65_HS1-834228961_62-HQ-83894_Section_10
Agency: FBI
Page 70
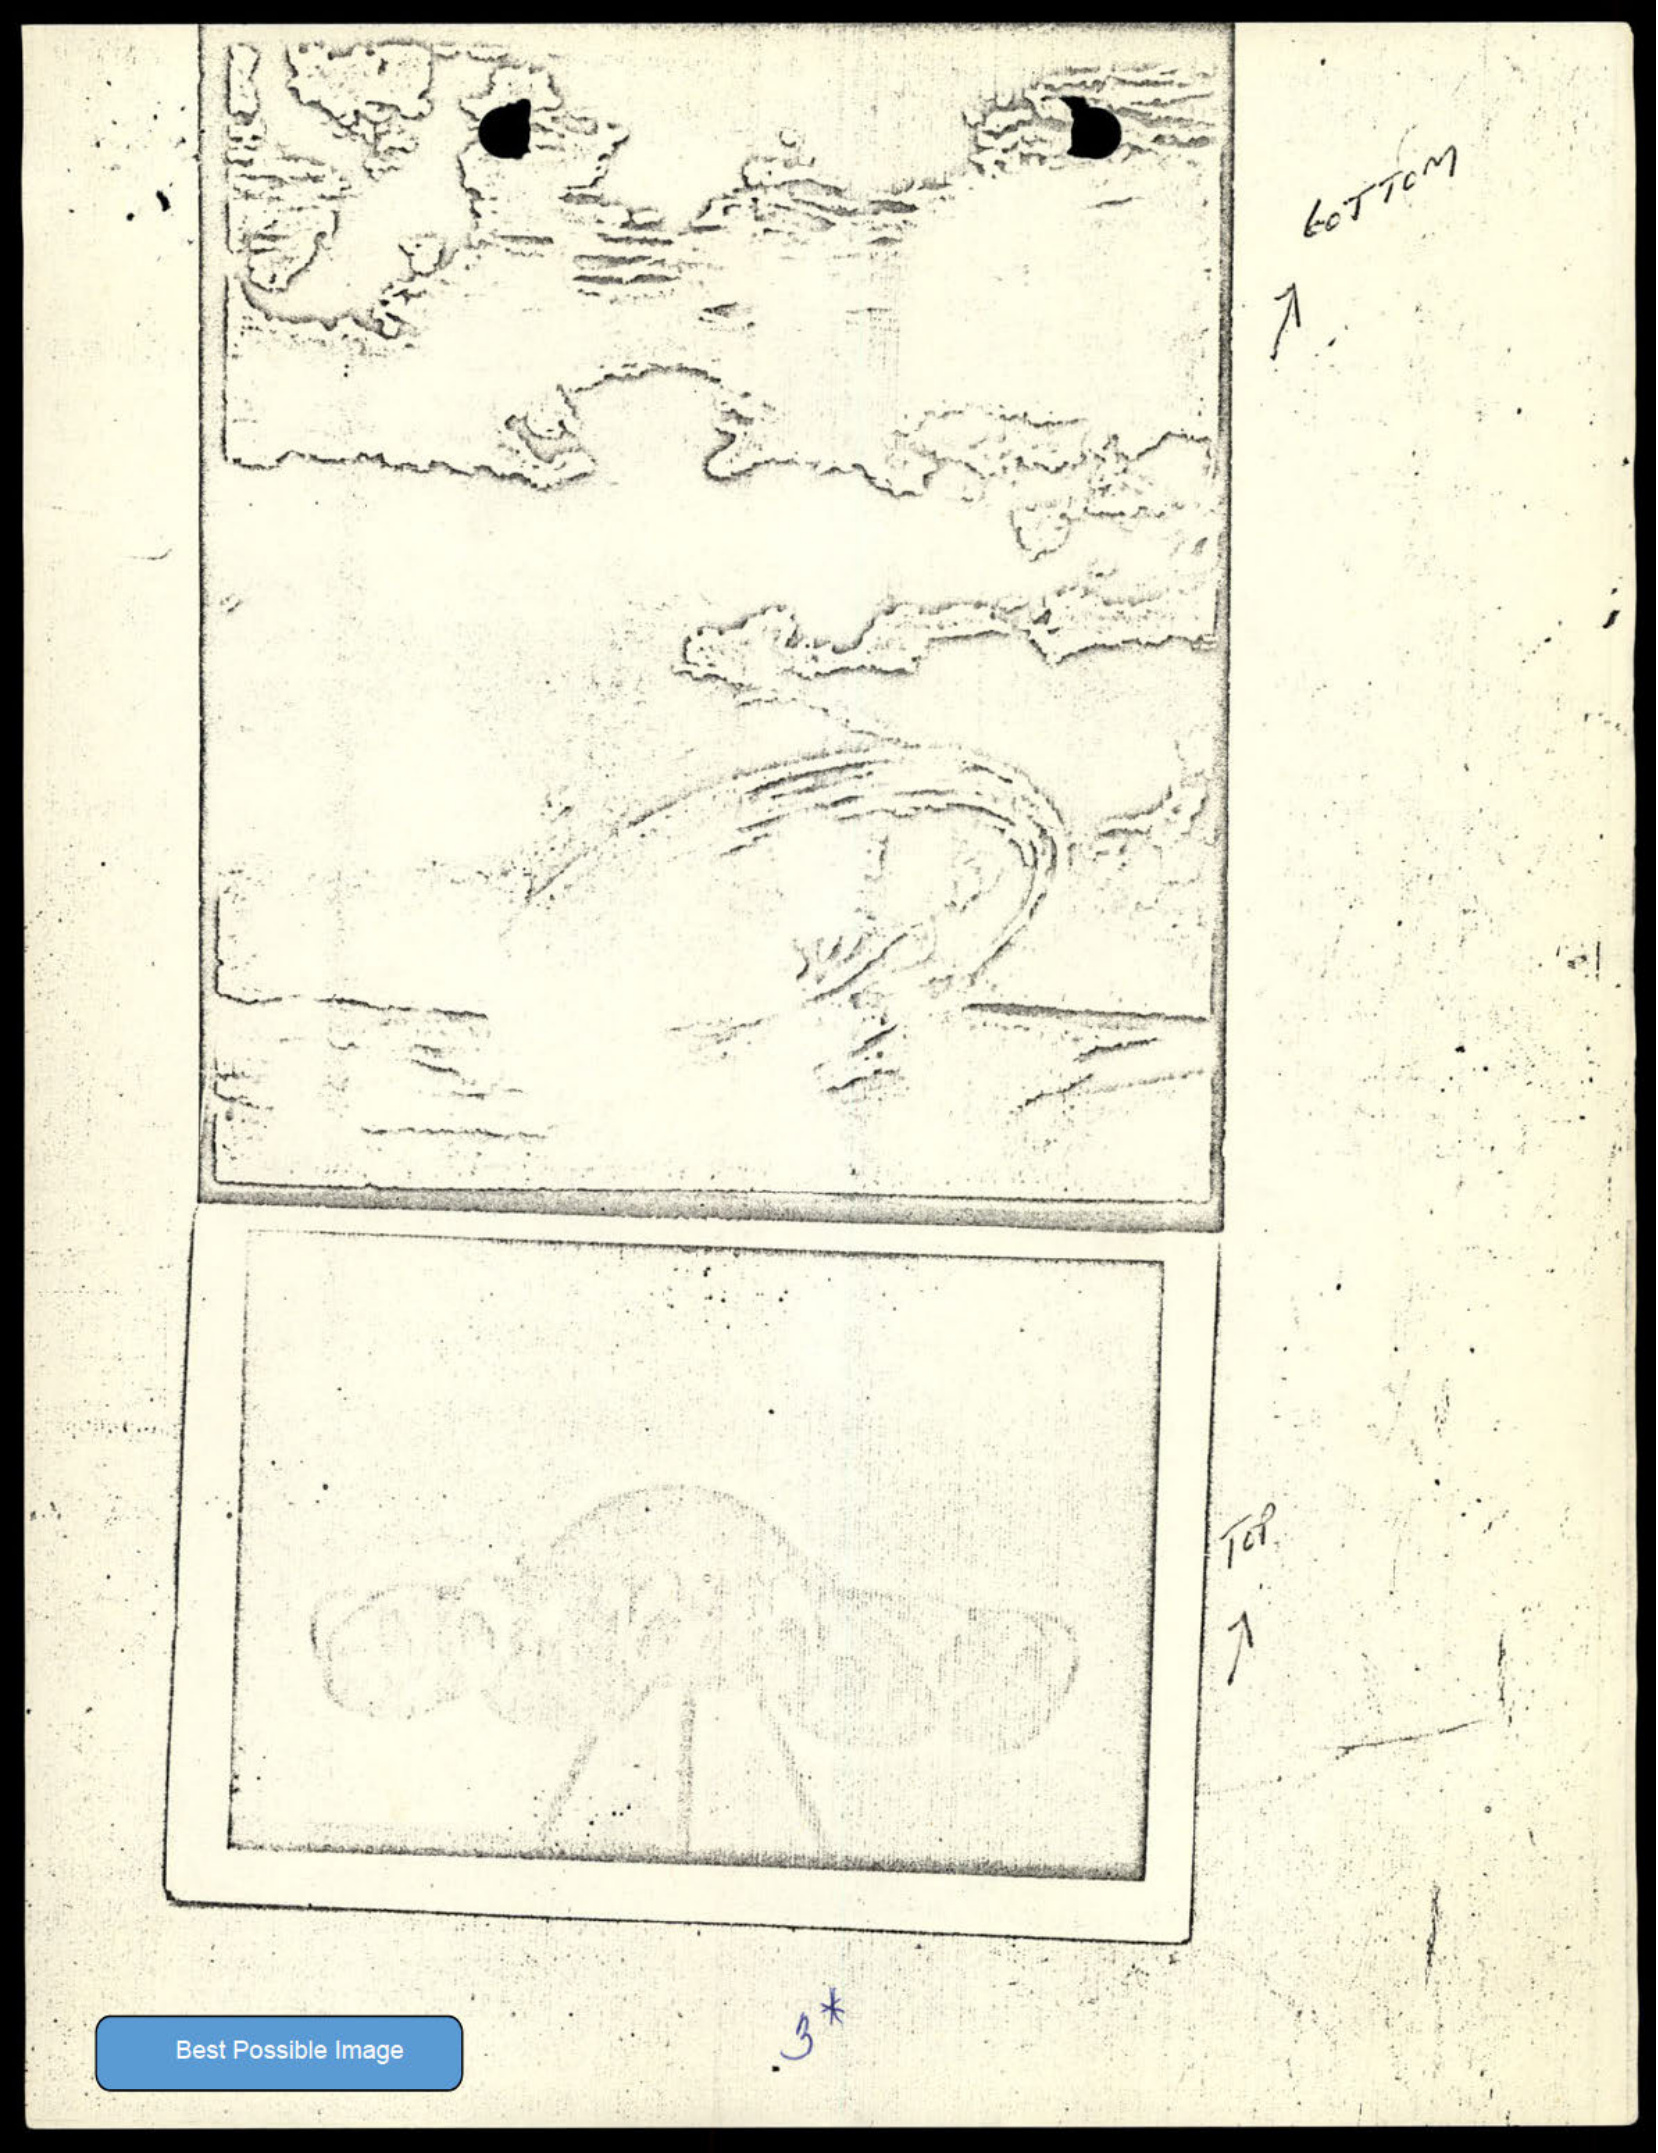